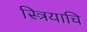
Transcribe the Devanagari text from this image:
स्त्रियाचि